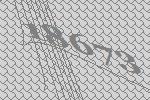
18673